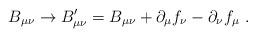
LaTeX: \begin{align*}B_{\mu \nu} \rightarrow B^{\prime}_{\mu \nu} = B_{\mu \nu} + \partial_\mu f_\nu- \partial_\nu f_\mu ~.\end{align*}